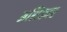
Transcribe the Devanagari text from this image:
अशिकार